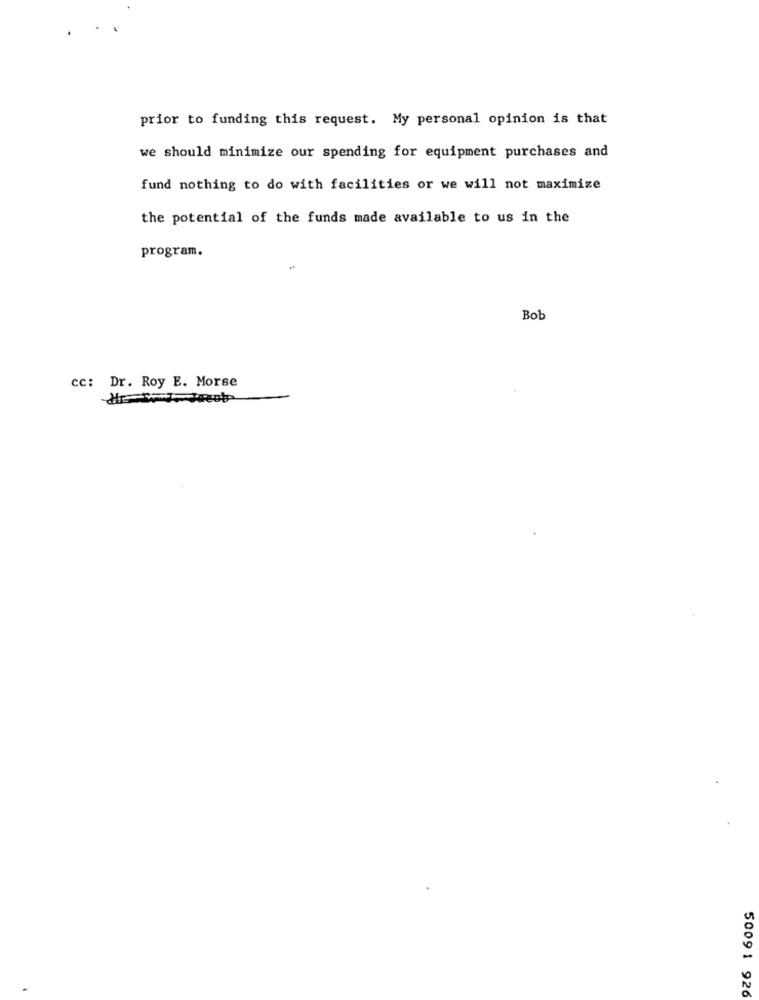
prior to funding this request. My personal opinion is that
we should minimize our spending for equipment purchases and
fund nothing to do with facilities or we will not maximize
the potential of the funds made available to us in the
program.
Bob
cc: Dr. Roy E. Morse
50091 926